Report on vaccination in the Province of Bengal - 1869-1873
Year: 1869
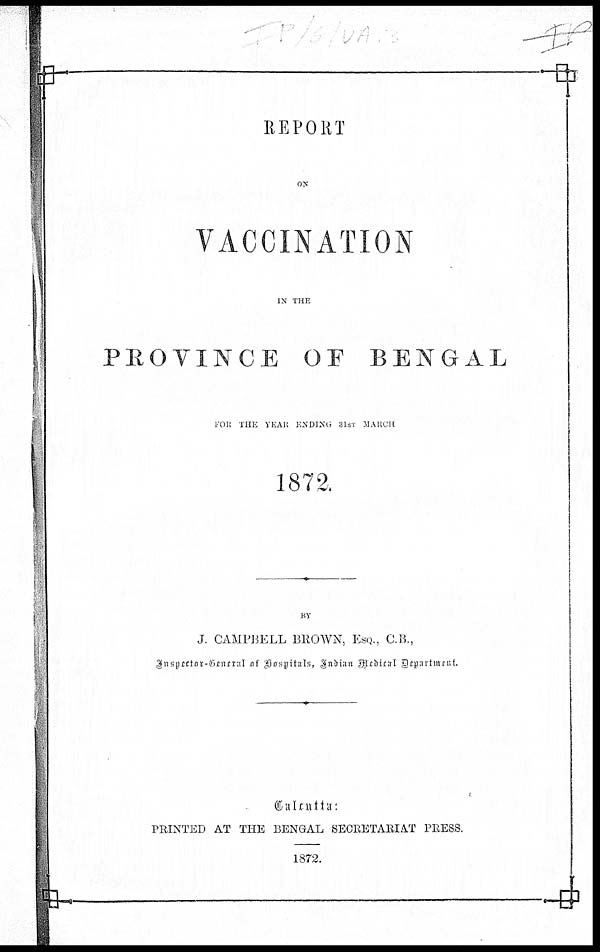
REPORT
ON
VACCINATION
IN THE
PROVINCE OF BENGAL
FOR THE YEAR ENDING 31ST MARCH
1872.
BY
J. CAMPBELL BROWN, ESQ., C.B.,
Inspector-General of Hospitals, Indian Medical Department.
Calcutta:
PRINTED AT THE BENGAL SECRETARIAT PRESS.
1872.